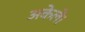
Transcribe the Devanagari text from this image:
अकेले।